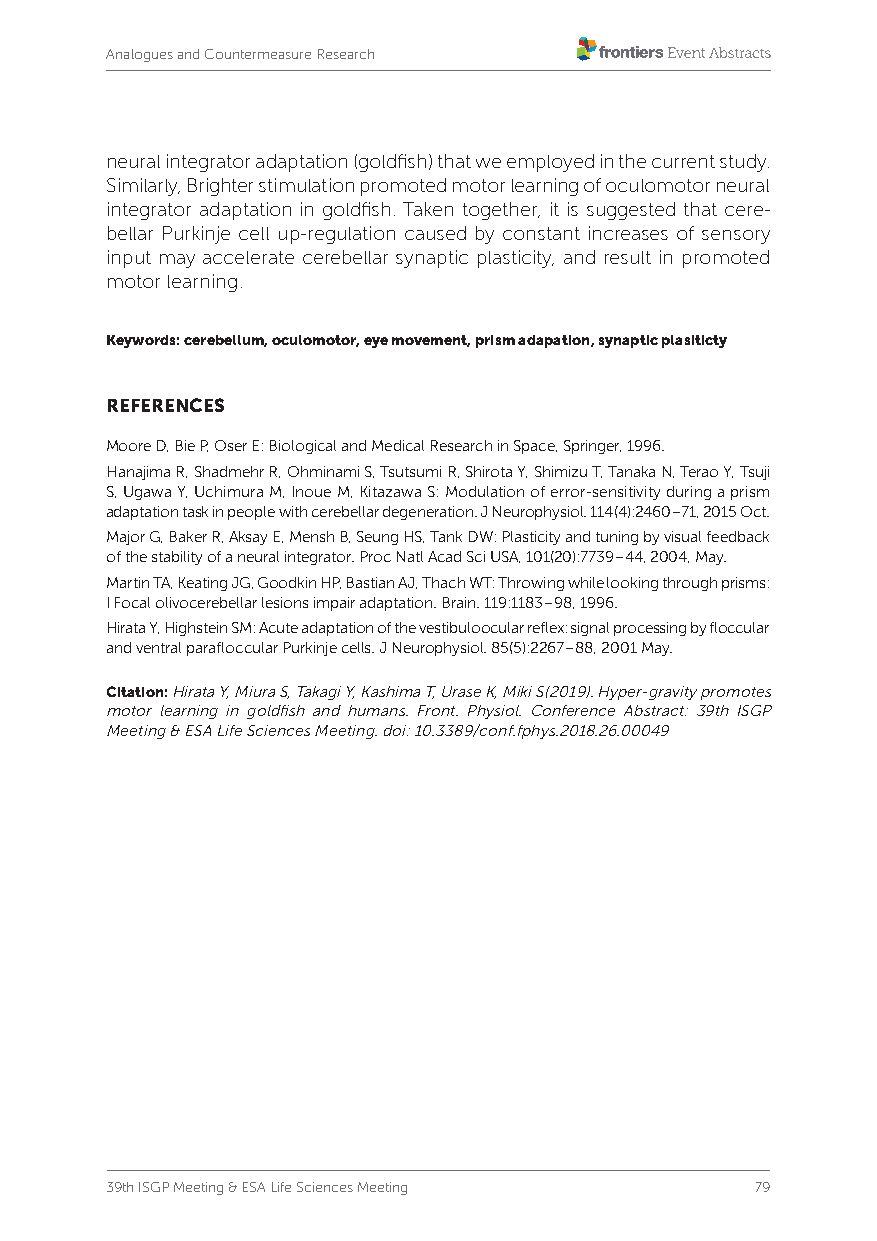
Analogues and Countermeasure Research
 neural integrator adaptation (goldfish) that we employed in the current study.
 Similarly, Brighter stimulation promoted motor learning of oculomotor neural
 integrator adaptation in goldfish. Taken together, it is suggested that cere-
 bellar Purkinje cell up-regulation caused by constant increases of sensory
 input may accelerate cerebellar synaptic plasticity, and result in promoted
 motor learning.
 Keywords: cerebellum, oculomotor, eye movement, prism adapation, synaptic plasiticty
 REFERENCES
 Moore D, Bie P, Oser E: Biological and Medical Research in Space, Springer, 1996.
 Hanajima R, Shadmehr R, Ohminami S, Tsutsumi R, Shirota Y, Shimizu T, Tanaka N, Terao Y, Tsuji
 S, Ugawa Y, Uchimura M, Inoue M, Kitazawa S: Modulation of error-sensitivity during a prism
 adaptation task in people with cerebellar degeneration. J Neurophysiol. 114(4):2460–71, 2015 Oct.
 Major G, Baker R, Aksay E, Mensh B, Seung HS, Tank DW: Plasticity and tuning by visual feedback
 of the stability of a neural integrator. Proc Natl Acad Sci USA, 101(20):7739–44, 2004, May.
 Martin TA, Keating JG, Goodkin HP, Bastian AJ, Thach WT: Throwing while looking through prisms:
 I Focal olivocerebellar lesions impair adaptation. Brain. 119:1183–98, 1996.
 Hirata Y, Highstein SM: Acute adaptation of the vestibuloocular reflex: signal processing by floccular
 and ventral parafloccular Purkinje cells. J Neurophysiol. 85(5):2267–88, 2001 May.
 Citation: Hirata Y, Miura S, Takagi Y, Kashima T, Urase K, Miki S(2019). Hyper-gravity promotes
 motor learning in goldfish and humans. Front. Physiol. Conference Abstract: 39th ISGP
 Meeting & ESA Life Sciences Meeting. doi: 10.3389/conf.fphys.2018.26.00049
 39th ISGP Meeting & ESA Life Sciences Meeting 79